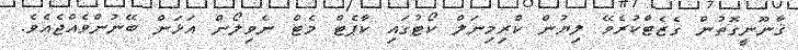
ޤާނޫނީގޮތުން ގެޒެޓްކުރެވޭ ލިޔުން ކްރިމިނަލް ކޯޓުގައި ކާޕެޓް މެޓް ނެވިލޯން އަޅަން ބޭނުންވެއްޖެއެވެ.